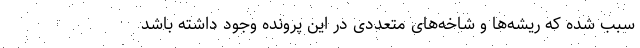
سبب شده که ریشه‌ها و شاخه‌های متعددی در این پرونده وجود داشته باشد